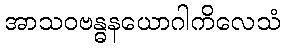
အာသဝဗန္ဓနယောဂါကိလေသံ